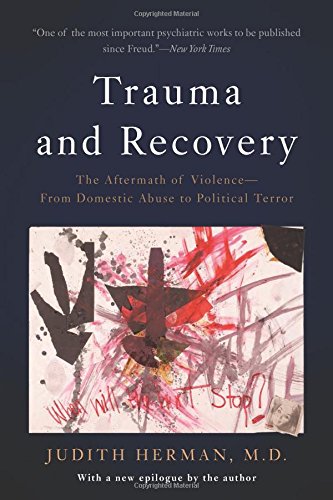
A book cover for Trauma and Recovery: The Aftermath of Violence--From Domestic Abuse to Political Terror; Judith L. Herman; Medical Books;